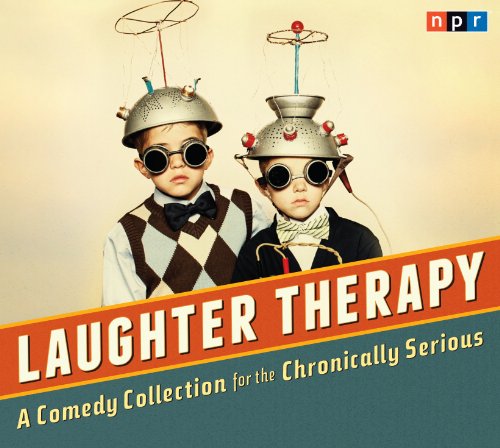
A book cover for NPR Laughter Therapy: A Comedy Collection for the Chronically Serious; NPR; Humor & Entertainment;